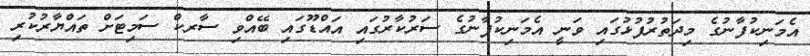
އެމަނިކުފާނުގެ މިދަތުރުފުޅުގައި ވަނީ އެމަނިކުފާނުގެ ސަރުކާރުގައި އައްޑޫގައި ބޭއްވި ސާރކް ސަމިޓަށް ތައްޔާރުކުރި